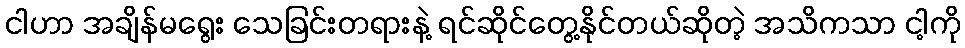
ငါဟာ အချိန်မရွေး သေခြင်းတရားနဲ့ ရင်ဆိုင်တွေ့နိုင်တယ်ဆိုတဲ့ အသိကသာ ငါ့ကို